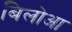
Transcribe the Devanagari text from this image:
बिलोआ